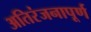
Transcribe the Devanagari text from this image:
अतिरंजनापूर्ण